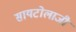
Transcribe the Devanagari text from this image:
सायटोलाजी